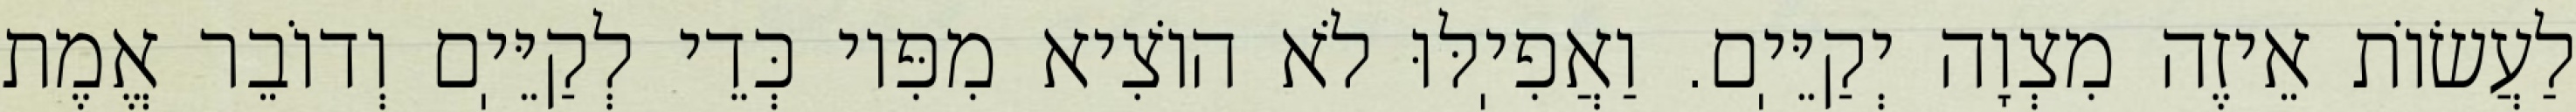
לַעֲשׂוֹת אֵיזֶה מִצְוָה יְקַיֵּיֽם. וַאֲפִיֽלּוּ לֹא הוֹצִיא מִפִּיו כְּדֵי לְקַיֵּיֽם וְדוֹבֵר אֱמֶת